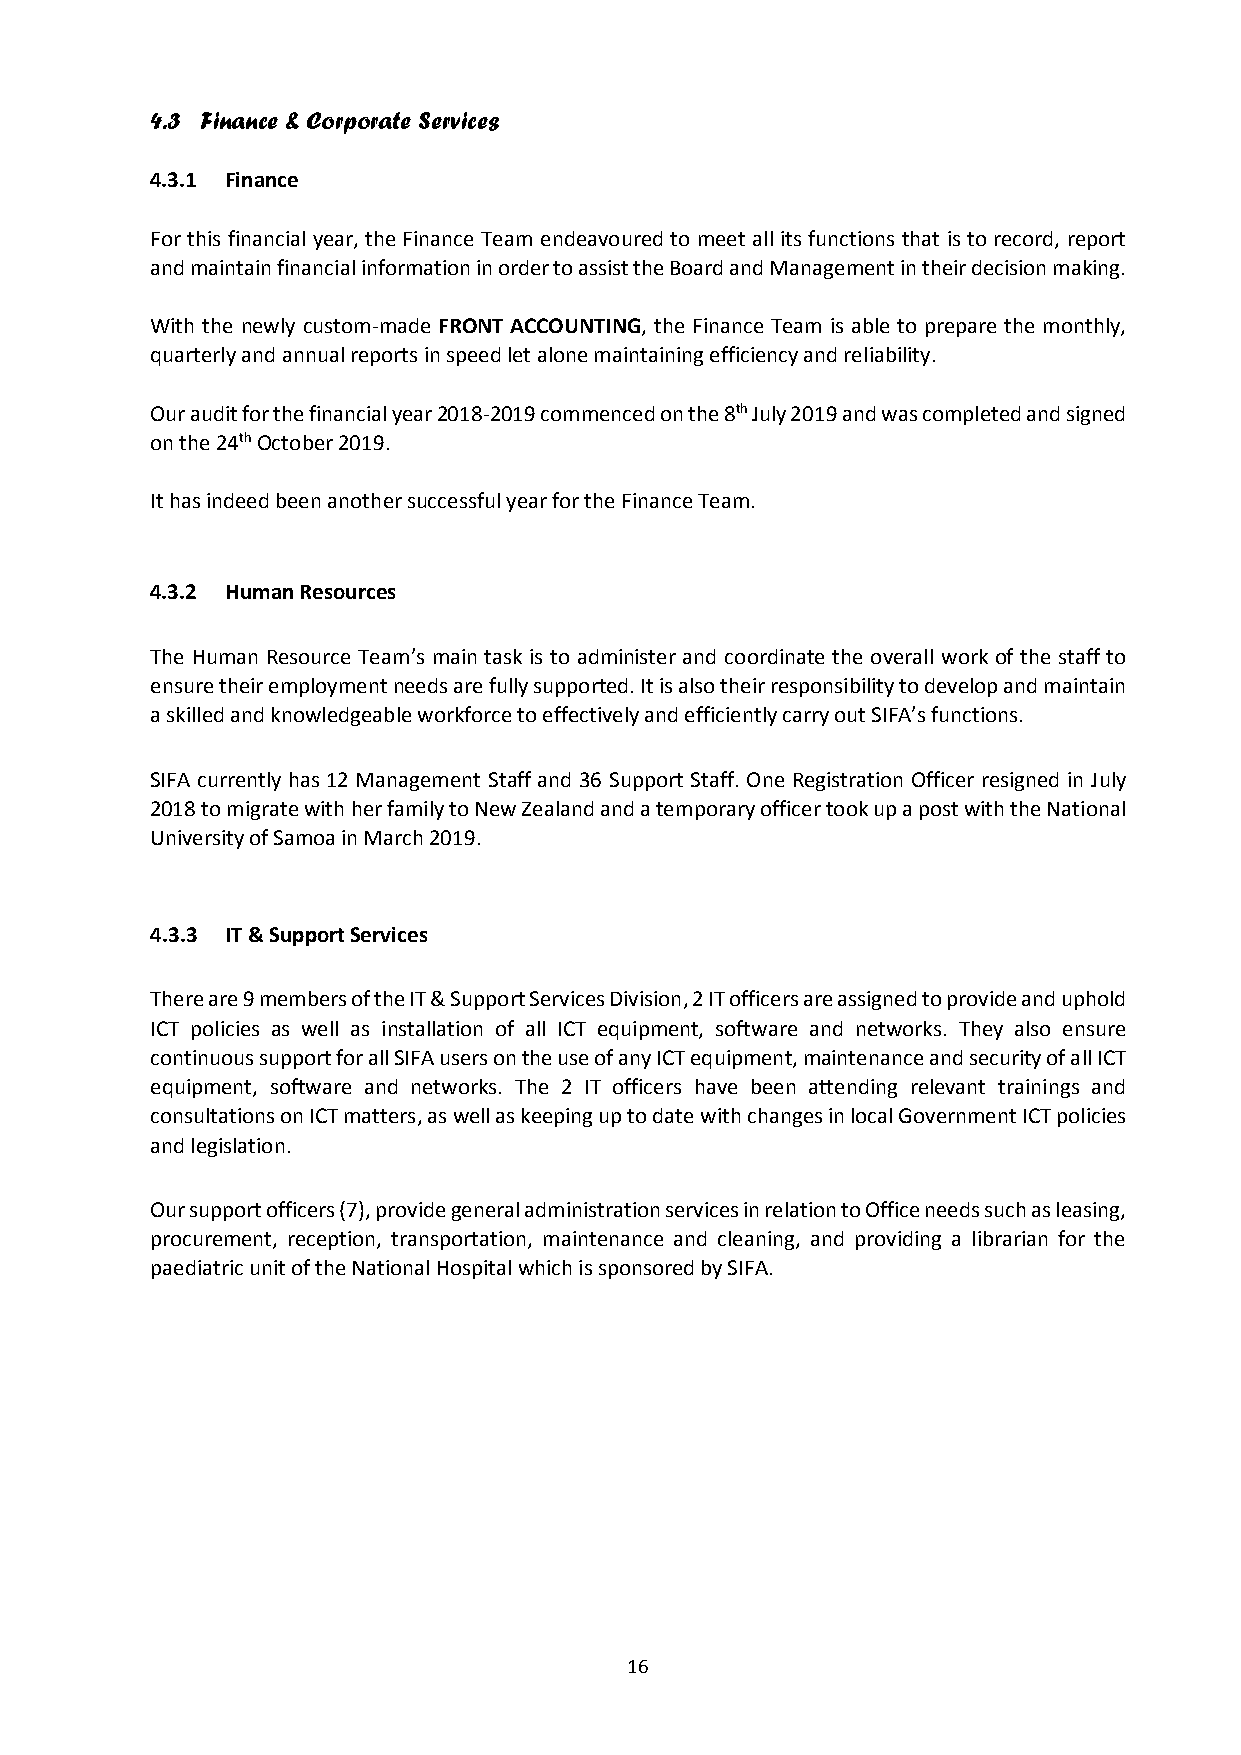
4.3 Finance & Corporate Services
 4.3.1 Finance
 For this financial year, the Finance Team endeavoured to meet all its functions that is to record, report
 and maintain financial information in order to assist the Board and Management in their decision making.
 With the newly custom-made FRONT ACCOUNTING, the Finance Team is able to prepare the monthly,
 quarterly and annual reports in speed let alone maintaining efficiency and reliability.
 Our audit for the financial year 2018-2019 commenced on the 8th July 2019 and was completed and signed
 on the 24th October 2019.
 It has indeed been another successful year for the Finance Team.
 4.3.2 Human Resources
 The Human Resource Team’s main task is to administer and coordinate the overall work of the staff to
 ensure their employment needs are fully supported. It is also their responsibility to develop and maintain
 a skilled and knowledgeable workforce to effectively and efficiently carry out SIFA’s functions.
 SIFA currently has 12 Management Staff and 36 Support Staff. One Registration Officer resigned in July
 2018 to migrate with her family to New Zealand and a temporary officer took up a post with the National
 University of Samoa in March 2019.
 4.3.3 IT & Support Services
 There are 9 members of the IT & Support Services Division, 2 IT officers are assigned to provide and uphold
 ICT policies as well as installation of all ICT equipment, software and networks. They also ensure
 continuous support for all SIFA users on the use of any ICT equipment, maintenance and security of all ICT
 equipment, software and networks. The 2 IT officers have been attending relevant trainings and
 consultations on ICT matters, as well as keeping up to date with changes in local Government ICT policies
 and legislation.
 Our support officers (7), provide general administration services in relation to Office needs such as leasing,
 procurement, reception, transportation, maintenance and cleaning, and providing a librarian for the
 paediatric unit of the National Hospital which is sponsored by SIFA.
 16